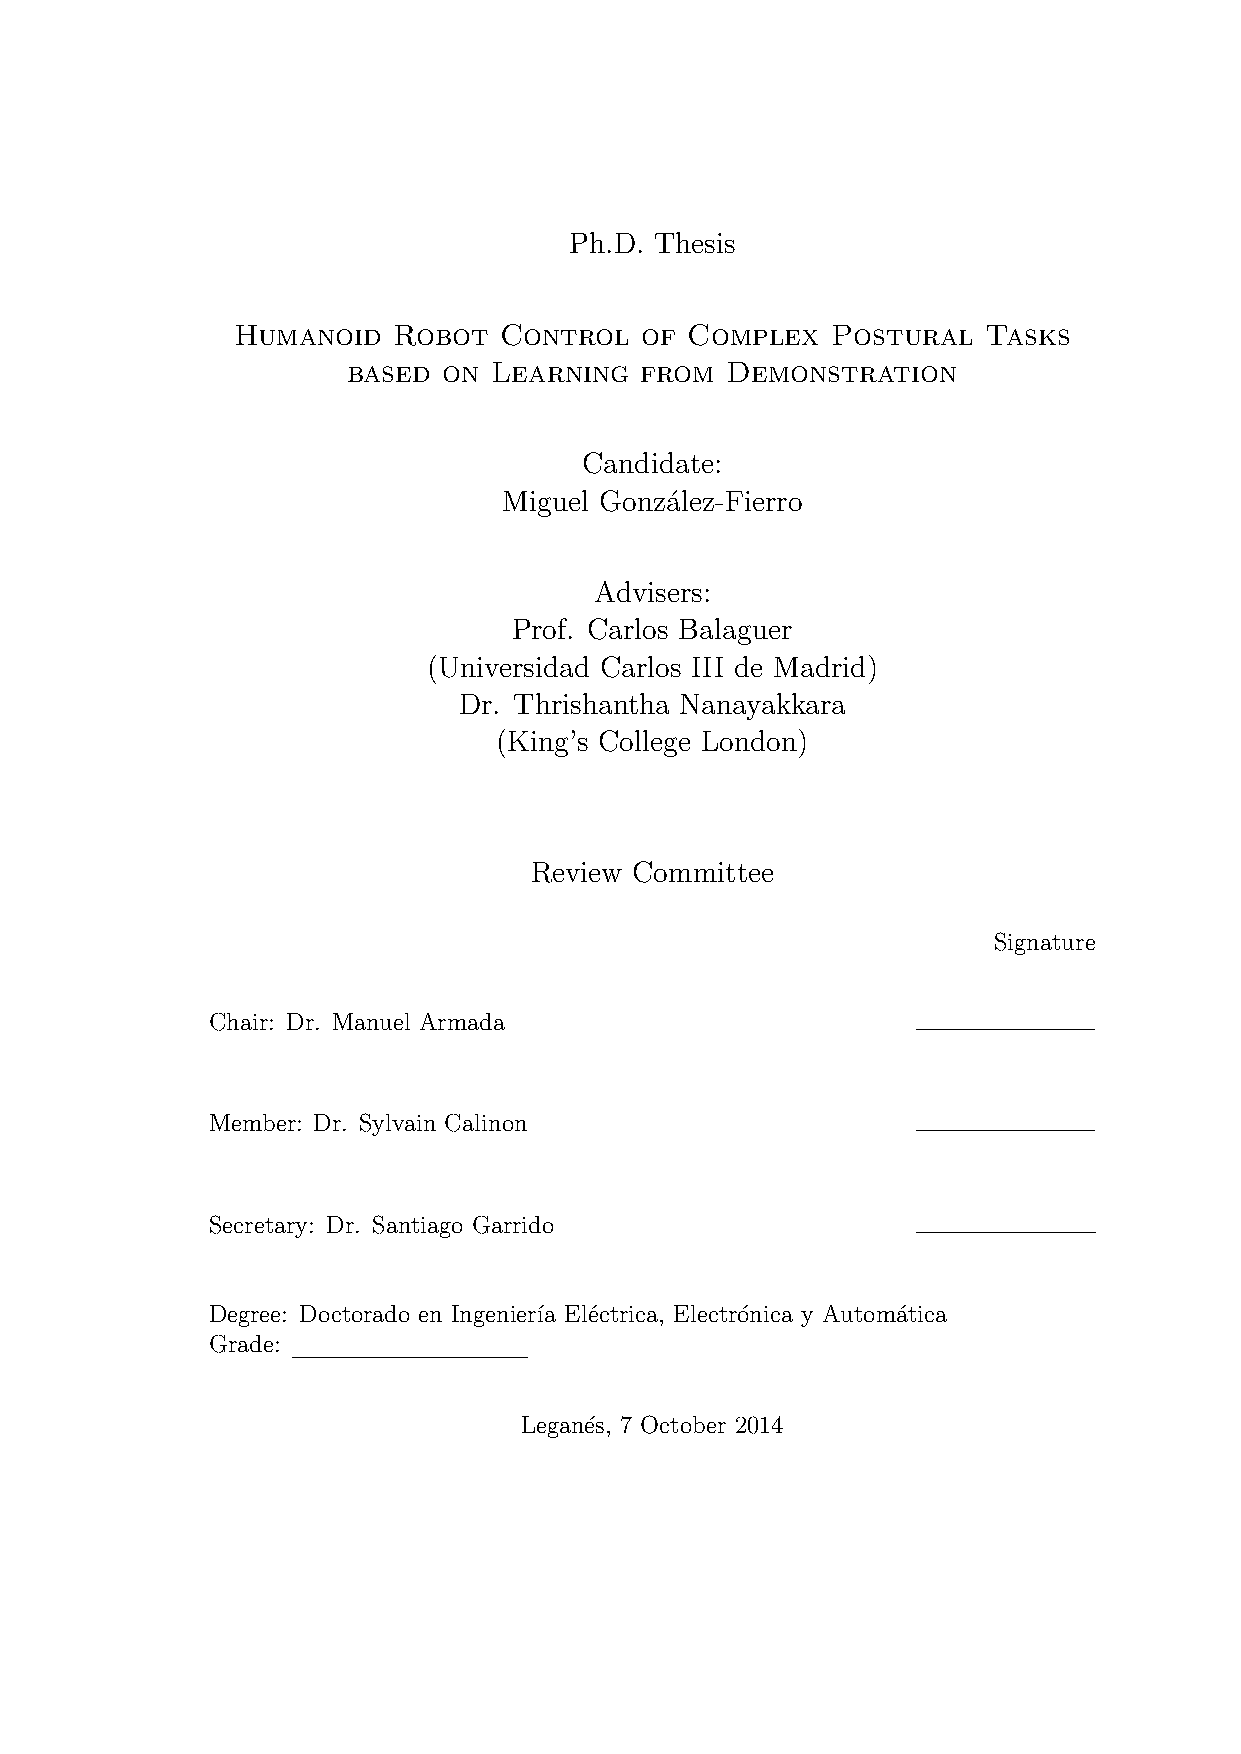
Ph.D. Thesis
 Humanoid   Robot  Control  of  Complex  Postural  Tasks
 based on  Learning from  Demonstration
 Candidate:
 Miguel Gonz´alez-Fierro
 Advisers:
 Prof. Carlos Balaguer
 (Universidad Carlos III de Madrid)
 Dr. Thrishantha Nanayakkara
 (King’s College London)
 Review Committee
 Signature
 Chair: Dr. Manuel Armada
 Member: Dr. Sylvain Calinon
 Secretary: Dr. Santiago Garrido
 Degree: Doctorado en Ingenier´ıa El´ectrica, Electro´nica y Automa´tica
 Grade:
 Legan´es, 7 October 2014